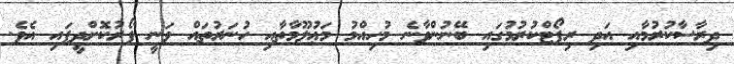
ދިރާސާކުރުމާއި އަދި ރިޕޯޓްކުރުމުގައި ބޭނުންވާނެ މުހިއްމު މަޢުލޫމާތާއި ހުނަރުތައް ވަނީ ފޯރުކޮށްދީފައި އެވެ.